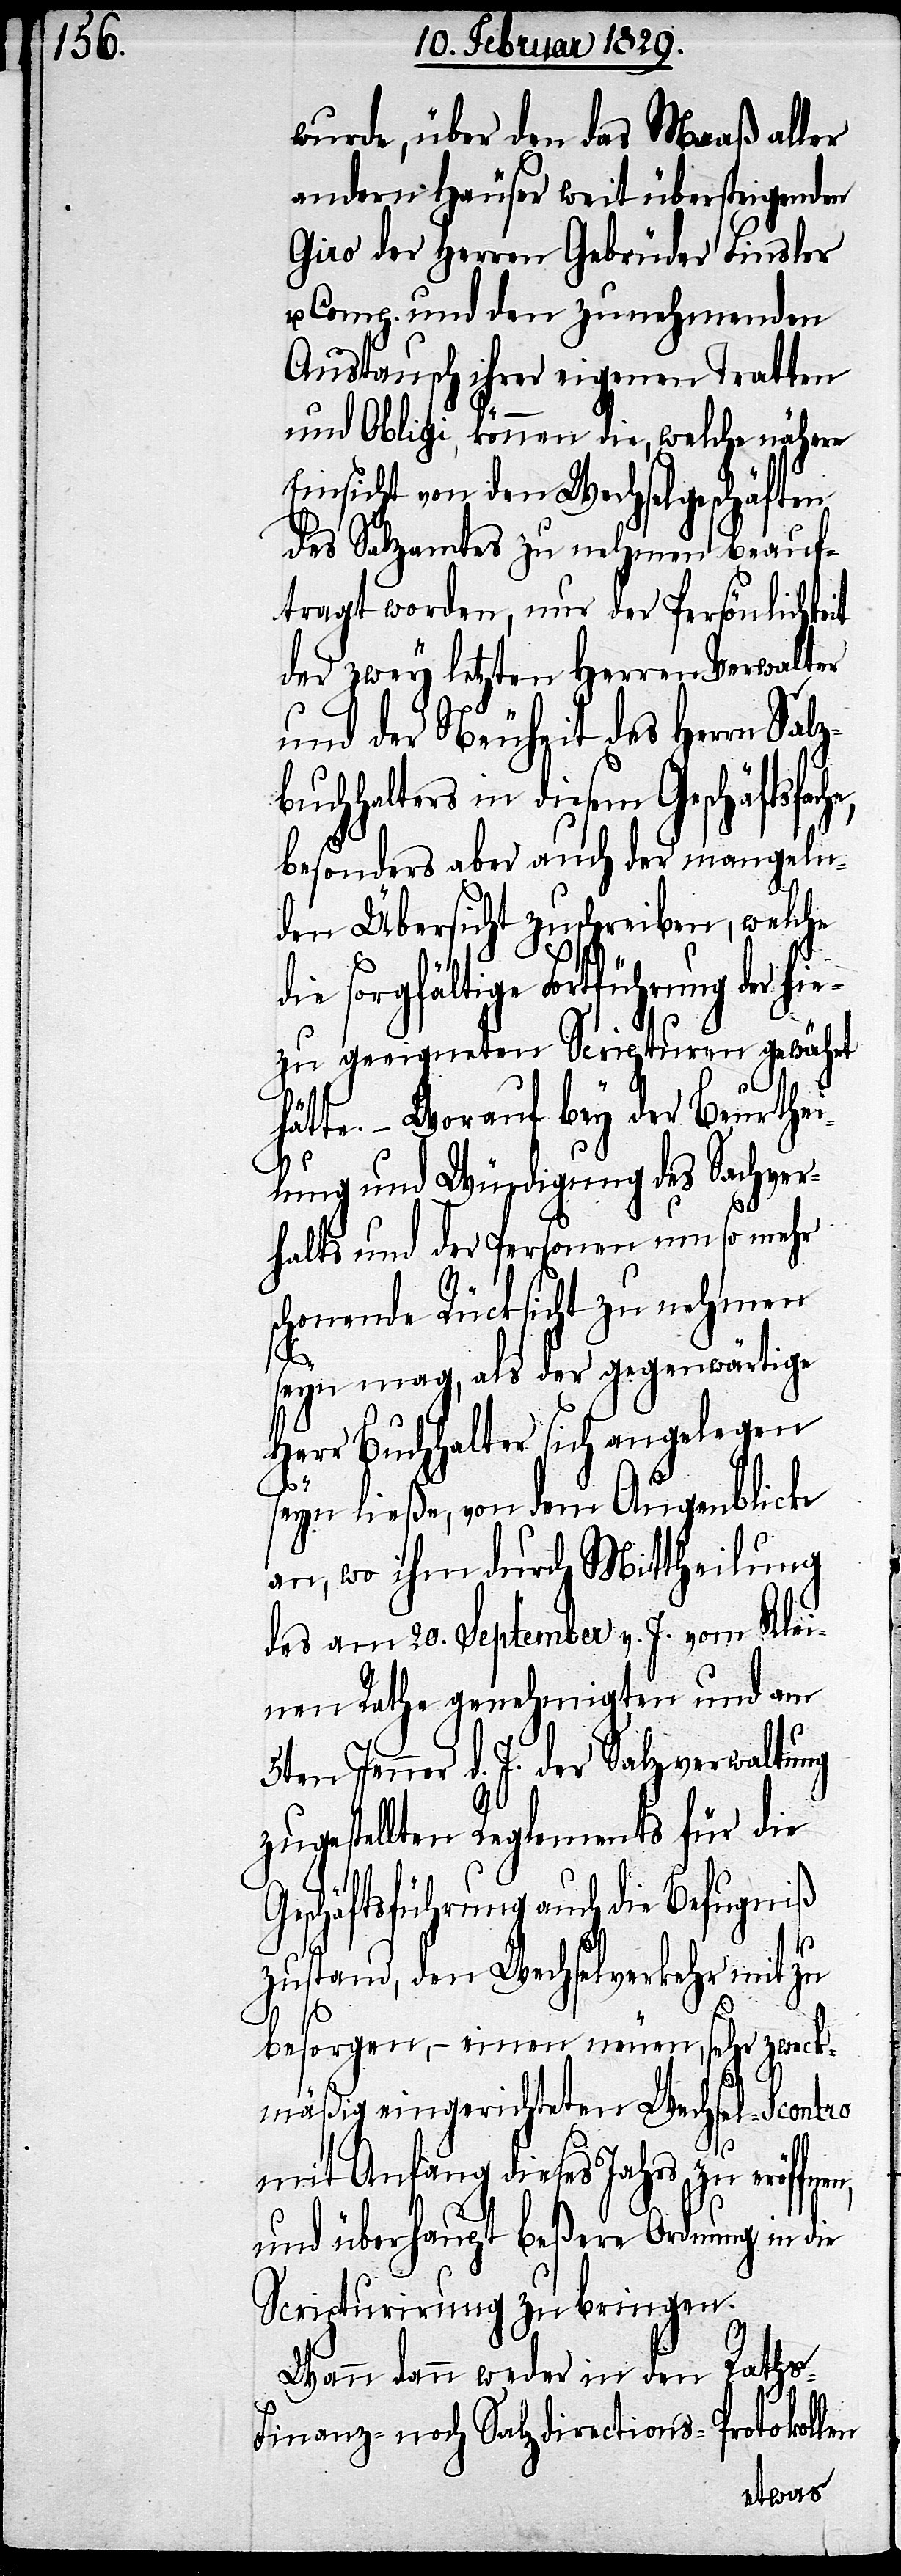
wurde, über den das Maaß aller
andern Häuser weit übersteigenden
Giro der Herren Gebrüder Finsler
u. Comp. und den zunehmenden
Austausch ihrer eigenen Tratten
und Obligi, können die, welche nähere
Einsicht von den Wechselgeschäften
des Salzamtes zu nehmen beauf¬
tragt worden, nur der Persönlichkeit
der zwey letzten Herren Verwalter
und der Neuheit des Herrn Salza¬
buchhalters in diesem Geschäfts¬
besonders aber auch der mangeln¬
den Übersicht zuschreiben, welche
die sorgfältige Fortführung der hie¬
zu geeigneten Scripturen gewährt
hätte. – Worauf bey der Beurthei¬
lung und Würdigung des Sachver¬
halts und der Personen um so mehr
schonende Rücksicht zu nehmen
seyn mag, als der gegenwärtige
Herr Buchhalter sich angelegen
seyn ließe, von dem Augenblicke
an, so ihm durch Mittheilung
des am 20. September v. J. vom Klei¬
nen Rathe genehmigten und am
Jenner d. J. der Salzverwaltung
zugestellten Reglements für die
Geschäftsführung auch die Befugniß
zustand, den Wechselverkehr mit zu
besorgen,– einen neuen, sehr zweck¬
mäßig eingerichteten Wechsel-Scontro
mit Anfang dieses Jahres zu eröffn¬
und überhaupt beßere Ordnung in die
Scripturirung zu bringen.
Rath¬
Wann dann weder in den
s-Finanz- noch Salzdirections-Protokollen